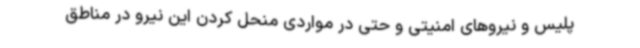
پلیس و نیروهای امنیتی و حتی در مواردی منحل کردن این نیرو در مناطق